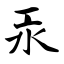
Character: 汞